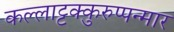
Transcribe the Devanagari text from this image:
कल्लाट्टक्कुरुप्पन्मार